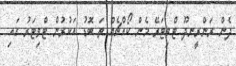
ދެން ރަންރީނދޫ ޓްވިޓަރޭ މެން ކޯއްޗެއް ތަ ބޮޑު އަކުރުން ޓްވިޓަރު ގައި